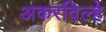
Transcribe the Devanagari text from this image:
अकरविल्हे